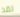
لقد